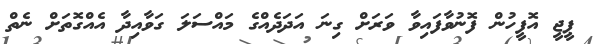
ޕީޖީ އޮފީހުން ފޮނުވާފައިވާ ވަރަށް ގިނަ އަދަދެއްގެ މައްސަލަ ގަވާއިދާ އެއްގޮތަށް ނެތް